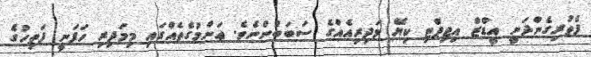
ފެތުރިގެންދަނީ އީޑްޒް އިޖިޕްޓި ކިޔޭ މަދިރިއެއްގެ ސަބަބުންނެވެ. ޢަންމުގެތެއްގައި މިމަދިރި ހަފަނީ ފަތިހުގެ